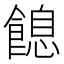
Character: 䭒